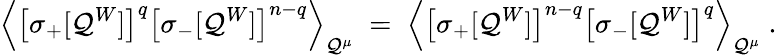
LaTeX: \left\langle\left[\sigma_{+}[\mathcal{Q}^{W}]\right]^{q}\left[\sigma_{-}[\mathcal{Q}^{W}]\right]^{n-q}\right\rangle_{\mathcal{Q}^{\mu}}\; =\; \left\langle\left[\sigma_{+}[\mathcal{Q}^{W}]\right]^{n-q}\left[\sigma_{-}[\mathcal{Q}^{W}]\right]^{q}\right\rangle_{\mathcal{Q}^{\mu}}\; .